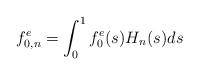
LaTeX: \begin{align*}f_{0, n}^{e} = \int_0^1f_{0}^{e}(s) H_n(s)ds\end{align*}